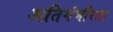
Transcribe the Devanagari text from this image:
अतिगंभीरता